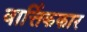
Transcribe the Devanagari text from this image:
वार्त्तिककार